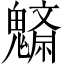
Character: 𩴚